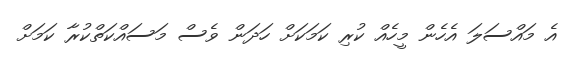
އެ މައްސަލަ އެހެން މީހެއް ކުރި ކަމަކަށް ހަދަން ވެސް މަސައްކަތްކުރާ ކަމަށް